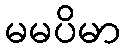
မမပိမာ